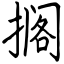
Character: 搁